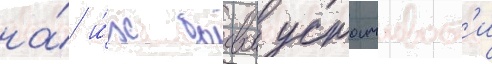
на́ и́х боевои устоичивост'и